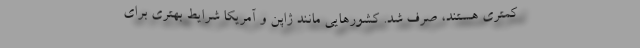
کمتری هستند، صرف شد. کشورهایی مانند ژاپن و آمریکا شرایط بهتری برای